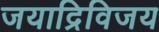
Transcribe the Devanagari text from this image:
जयाद्रिविजय